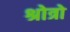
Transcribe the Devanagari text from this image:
श्रोत्रो